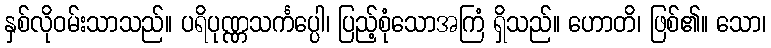
နှစ်လိုဝမ်းသာသည်။ ပရိပုဏ္ဏသင်္ကပ္ပေါ၊ ပြည့်စုံသောအကြံ ရှိသည်။ ဟောတိ၊ ဖြစ်၏။ သော၊